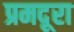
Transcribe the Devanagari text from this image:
प्रमदूरा